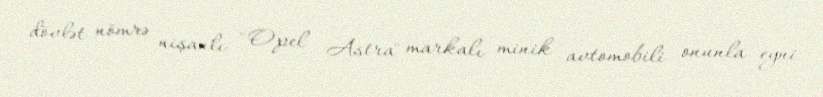
dövlət nömrə nişanlı "Opel Astra" markalı minik avtomobili onunla eyni